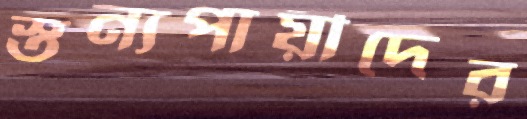
স্তন্যপায়ীদের